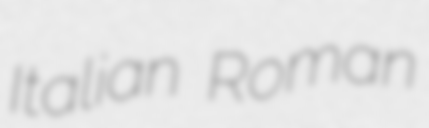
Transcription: Italian Roman